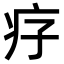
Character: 𤴳